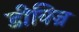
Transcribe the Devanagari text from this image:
डीविज्र